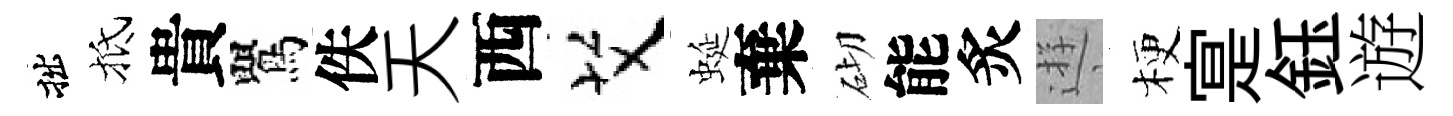
拙抵貴鸎佚天西艾蜒棄砌能炙逰梗寔鈺遊